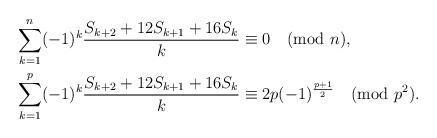
LaTeX: \begin{align*}\sum_{k=1}^{n}(-1)^k\frac{S_{k+2}+12S_{k+1}+16S_k}{k} &\equiv 0\pmod{n}, \\\sum_{k=1}^{p}(-1)^k\frac{S_{k+2}+12S_{k+1}+16S_k}{k} &\equiv 2p(-1)^{\frac{p+1}{2}}\pmod{p^2}. \end{align*}